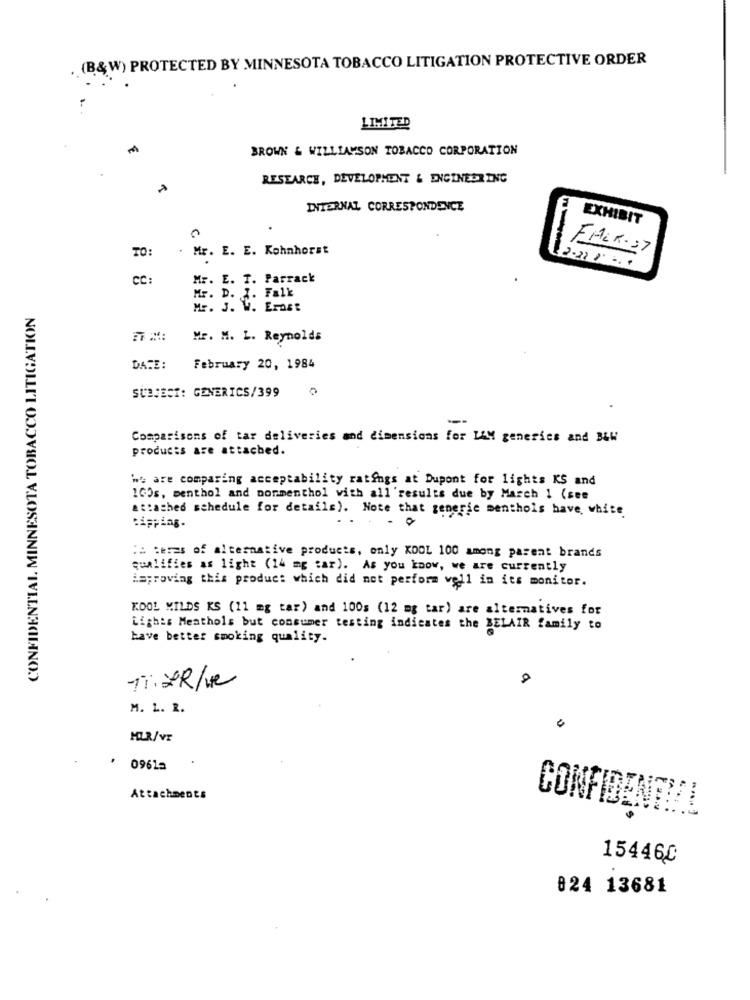
(B&W) PROTECTED BY MINNESOTA TOBACCO LITIGATION PROTECTIVE ORDER
LIMITED
BROWN & WILLIAMSON TOBACCO CORPORATION
RESEARCH, DEVELOPMENT & ENGINEERING
INTERNAL CORRESPONDENCE
EXHIBIT
TO:
. Mr. E. E. Kohnhorst
FALK. 37
cc:
Mr. E. T. Parrack
Mr. D. J. Falk
CONFIDENTIAL MINNESOTA TOBACCO LITIGATION
Mr. J. W. EMass
Mr. M. L. Reynolds
DATE:
February 20, 1984
SUBJECT: GENERICS/399
Comparisons of tar deliveries and dimensions for LAM generics and B&W
products are attached.
We are comparing acceptability ratings at Dupont for lights KS and
160s, menthol and nonmenthol with all'results due by March 1 (see
attached schedule for details). Note that generic menthols have, white
. .
tipping.
Ha teres of alternative products, only KOOL 100 among parent brands
qualifies as light (14 mg tar). As you know, we are currently
improving this product which did not perform well in its monitor.
KOOL MILDS KS (11 mg tar) and 100s (12 mg tar) are alternatives for
Lights Meathols but consumer testing indicates the BELAIR family to
have better smoking quality.
-11: 2 R/ ue
M. L. R.
09615
Attachments
CONFIDENTIAL
154460
824 13681